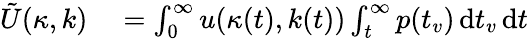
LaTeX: \begin{array}{rl}{\tilde{U}(\kappa,k)}&{{}=\int_{0}^{\infty}u(\kappa(t),k(t))\int_{t}^{\infty}p(t_{v})\, \mathrm{d}t_{v}\, \mathrm{d}t}\end{array}